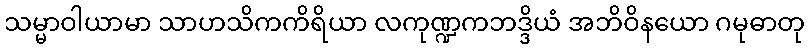
သမ္မာဝါယာမာ သာဟသိကကိရိယာ လကုဏ္ဍကဘဒ္ဒိယံ အဘိဝိနယော ဂမုဓာတု